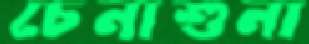
চেনাশুনা